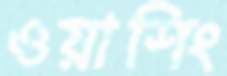
ওয়াশিং